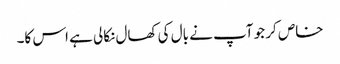
خاص کر جو آپ نے بال کی کھال نکالی ہے اس کا۔